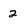
Character: 2